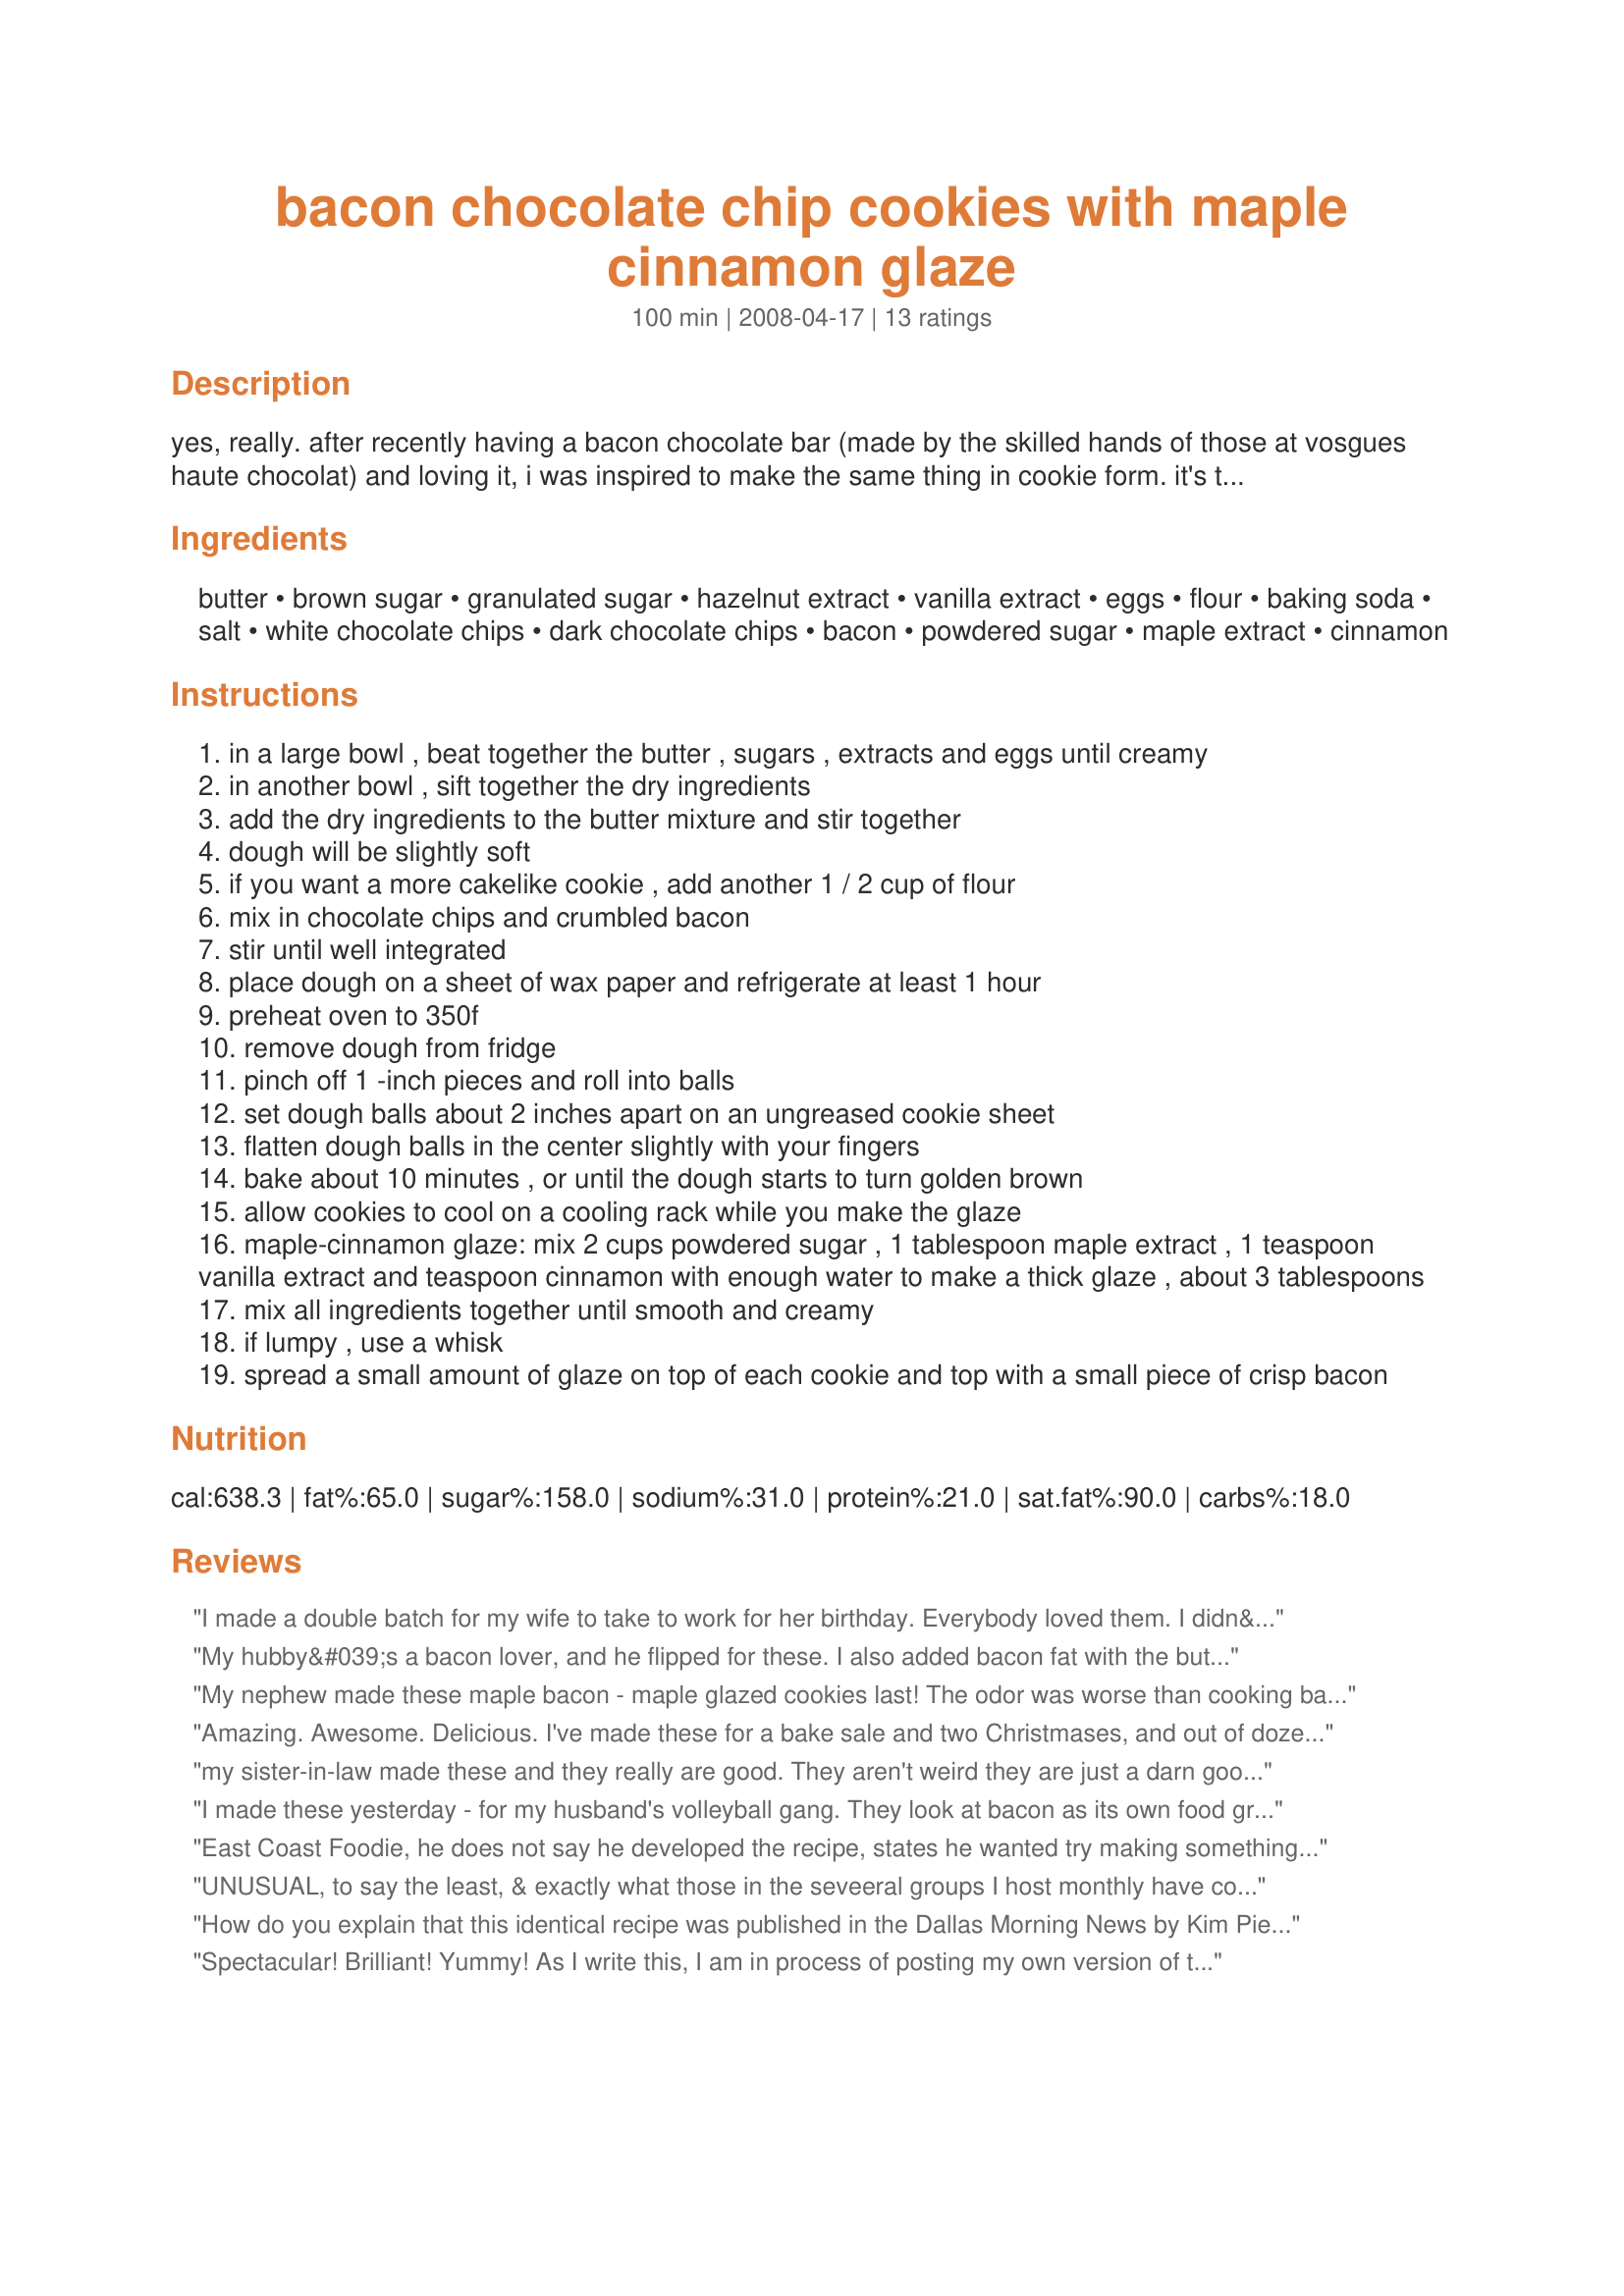
bacon chocolate chip cookies with maple cinnamon glaze
Preparation time: 100 minutes

yes, really. after recently having a bacon chocolate bar (made by the skilled hands of those at vosgues haute chocolat) and loving it, i was inspired to make the same thing in cookie form. it's the prefect combination of savory and sweet. adults can't get enough of them. try them and i promise you'll be making a second batch!

thank you dallas morning news!

preparation time, below, includes 1 hour of chilling the dough.

Ingredients:
butter, brown sugar, granulated sugar, hazelnut extract, vanilla extract, eggs, flour, baking soda, salt, white chocolate chips, dark chocolate chips, bacon, powdered sugar, maple extract, cinnamon

Steps:
in a large bowl , beat together the butter , sugars , extracts and eggs until creamy
in another bowl , sift together the dry ingredients
add the dry ingredients to the butter mixture and stir together
dough will be slightly soft
if you want a more cakelike cookie , add another 1 / 2 cup of flour
mix in chocolate chips and crumbled bacon
stir until well integrated
place dough on a sheet of wax paper and refrigerate at least 1 hour
preheat oven to 350f
remove dough from fridge
pinch off 1 -inch pieces and roll into balls
set dough balls about 2 inches apart on an ungreased cookie sheet
flatten dough balls in the center slightly with your fingers
bake about 10 minutes , or until the dough starts to turn golden brown
allow cookies to cool on a cooling rack while you make the glaze
maple-cinnamon glaze: mix 2 cups powdered sugar , 1 tablespoon maple extract , 1 teaspoon vanilla extract and teaspoon cinnamon with enough water to make a thick glaze , about 3 tablespoons
mix all ingredients together until smooth and creamy
if lumpy , use a whisk
spread a small amount of glaze on top of each cookie and top with a small piece of crisp bacon

Reviews:
I made a double batch for my wife to take to work for her birthday. Everybody loved them. I didn&#039;t add the extra bacon on top.
My hubby&#039;s a bacon lover, and he flipped for these. I also added bacon fat with the butter.
My nephew made these maple bacon - maple glazed cookies last! The odor was worse than cooking bad fish! I feel I need to was all my things and hope the smell comes out by next month! I'msure they taste fantastic! However I recommend having someone cook them at their HOUSE!
Amazing. Awesome. Delicious.
I've made these for a bake sale and two Christmases, and out of dozens of people not even one person was anything less than impressed.
For those afraid of the bacon, let me say that it does not stand out, but rather blends with the other flavors quite well.
my sister-in-law made these and they really are good. They aren't weird they are just a darn good cookie! great texture and flavors--I'm not a big fan of maple but the maple in these cookies is not at all overpowering.
I made these yesterday - for my husband's volleyball gang. They look at bacon as its own food group - fanatics. I don't even eat bacon, but I have to admit, the batter smelled GREAT! Husband ate one before they were glazed and garnished (couldn't resist) and said it was good. Tried one WITH the glaze and piece of bacon garnish and said it was FANTASTIC. Will add to this review when the volleyball crowd tries them. Will also rate it and post a picture.<br/>So - they were a HUGE hit - several people have asked for the recipe. Made a double batch - gone in no time.
East Coast Foodie, he does not say he developed the recipe, states he wanted try making something like these after having the candy (which he also gave credit for), and he gives credit to the newspaper, &amp; thanking them.
UNUSUAL, to say the least, & exactly what those in the seveeral groups I host monthly have come to expect from me! So, this recipe just reached out & grabbed me! These little buggers ARE ABSOLUTELY OUTSTANDING, & I have a group of 15 who will attest to that! Using dark chocolate chips, I followed the recipe exactly, resulting in an outstanding, great combination of tastes in these cookies! Thanks for sharing this great keeper! [Made & reviewed for one of my adopted chefs in this Spring's PAC]
How do you explain that this identical recipe was published in the Dallas Morning News by Kim Pierce the day before you posted it here? You say you developed this recipe, but the following article states the true origin of this recipe: http://www.dallasnews.com/sharedcontent/dws/fea/taste/easyrecipes/stories/DN-nf_bacon_0417liv.State.Edition1.3616f6d.html

These cookies are delicious, but...
Spectacular! Brilliant! Yummy! As I write this, I am in process of posting my own version of this recipe. I can't bear to throw out bacon fat only to add butter, so I've adjusted this recipe to use the bacon fat instead of butter. I was afraid it would be too salty but it's not. Thank you for the inspiration.
These were quite good. I did not add the extra piece of bacon on top, was just an extra step I chose to skip. If I make them again, I will reduce the amount of chips, or eliminate the white chips all together. We felt the amount of chips was a bit overwhelming the other favors. But overall, a good cookie when you&#039;d like something unusual.
I made these for our neighborhood officers ... it was a hit : ) I started out just drizzling the glaze but found I had to put a bit more in the center to hold the bacon in place (used 2T water). Thank you for sharing. I think I&#039;ll make this for our next office party. 12/20/13: We just had a cookie sharing today, I used about 1-3/4T water for the glaze so it was thicker than the first time. This cookie was the only one to have no left overs I kept hearing &#039;interesting mix of flavors. It&#039;s now the 24th ... they&#039;re still talking about your cookie : ) Thank you!
Made these for co-workers. I had stored them in the frig to take in the morning; not great cold at all. However, as they came to room temp, the more everyone loved them! Must admit just reading the recipe pretty much made me turn ill - BUT I have ALWAYS had an aversion to bacon and sweet, pancakes/syrup must be on separate plates from bacon, so pay no attention to me. These will be toted into the office again soon!
